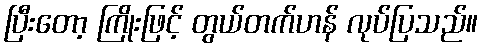
ပြီးတော့ ကြိုးဖြင့် တွယ်တက်ဟန် လုပ်ပြသည်။